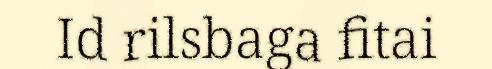
Id rilsbaga fitai